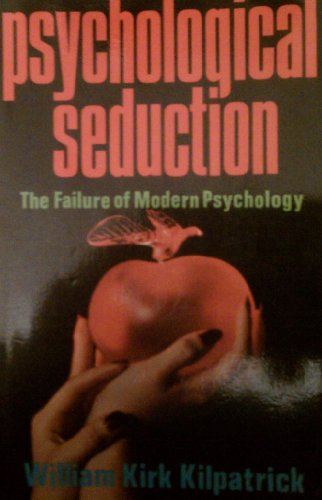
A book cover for Psychological Seduction; William Kilpatrick; Religion & Spirituality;